Mental hospitals Bombay report 1929-33 - 1929-1933
Year: 1929
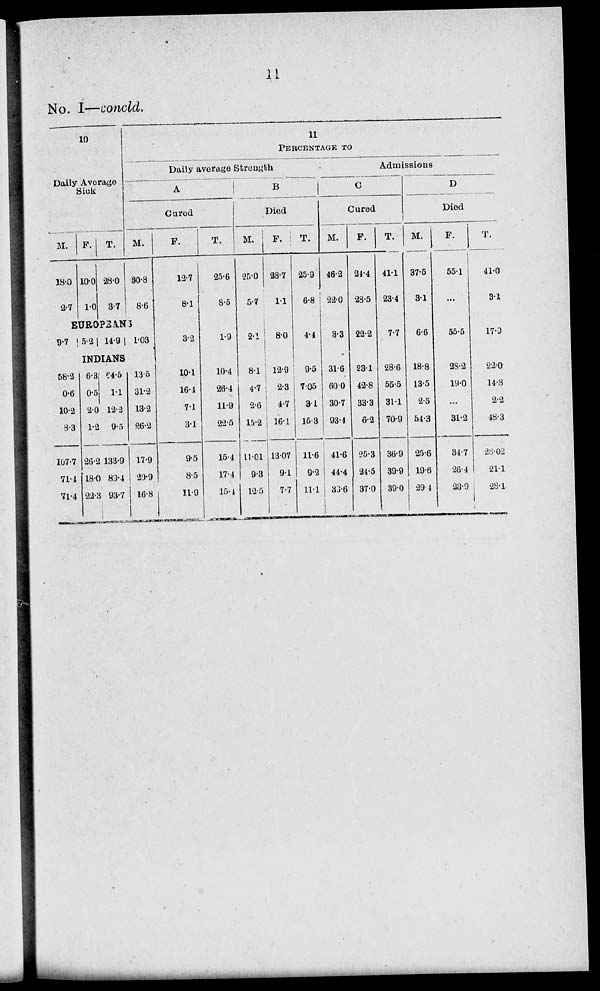
11
No. I—concld.
10
Daily Average
Sick
M.
18.0
2.7
F.
10.0
1.0
T.
28.0
3.7
11
PERCENTAGE
TO
Daily average Strength
A
Cured
M.
30.8
8.6
EUROPEANS
9.7 5.2 14.9 1.03
INDIANS
58.3
0.6
10.2
8.3
107.7
71.4
71.4
6.3
0.5
2.0
1.2
26.2
18.0
22.3
64.5
1.1
12.2
9.5
133.9
89.4
93.7
13.5
31.3
13.2
26.2
17.9
20.9
16.8
F.
12.7
8.1
3.2
10.1
16.4
7.1
3.1
9.5
8.5
11.9
T.
25.6
8.5
1.9
10.4
26.4
11.9
22.5
15.4
17.4
15.4
B
Died
M.
25.0
5.7
2.1
8.1
4.7
2.6
15.2
11.01
9.3
12.5
F.
28.7
1.1
8.0
12.9
2.3
4.7
16.1
13.07
9.1
7.7
T.
25.9
6.8
4.4
9.5
7.05
3.1
15.3
11.6
9.2
11.1
Admissions
C
Cured
M.
46.2
22.0
3.3
31.6
60.0
30.7
93.4
41.6
44.4
39.6
F.
24.4
28.5
22.2
23.1
42.8
33.3
6.2
25.3
24.5
37.0
T.
41.1
23.4
7.7
28.6
55.5
31.1
70.9
36.9
39.9
39.0
D
Died
M.
37.5
3.1
6.6
18.8
13.5
2.5
54.3
25.6
19.6
29.4
F.
55.1
...
55.5
28.2
19.0
...
31.2
34.7
26.4
23.9
T.
41.0
3.1
17.9
22.0
14.8
2.2
48.3
28.02
21.1
28.1